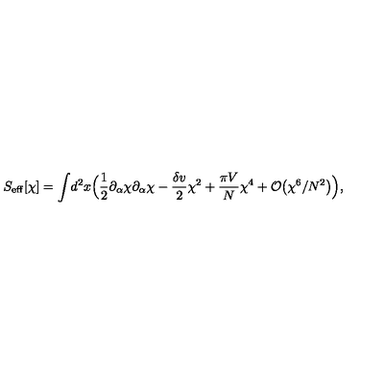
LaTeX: S _ { \mathrm { e f f } } [ \chi ] = \int \! d ^ { 2 } x \Bigl ( { \frac { 1 } { 2 } } \partial _ { \alpha } \chi \partial _ { \alpha } \chi - { \frac { \delta v } { 2 } } \chi ^ { 2 } + { \frac { \pi V } { N } } \chi ^ { 4 } + { \cal O } \bigl ( \chi ^ { 6 } / N ^ { 2 } \bigr ) \Bigr ) ,